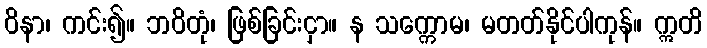
ဝိနာ၊ ကင်း၍။ ဘဝိတုံ၊ ဖြစ်ခြင်းငှာ။ န သက္ကောမ၊ မတတ်နိုင်ပါကုန်။ ဣတိ